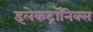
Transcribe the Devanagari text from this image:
इलेकट्रॉनिक्स